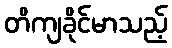
တိကျခိုင်မာသည့်